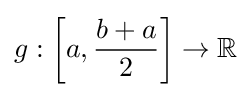
g:\left[a,{\dfrac {b+a}{2}}\right]\to \mathbb {R}